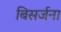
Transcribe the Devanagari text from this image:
बिसर्जना